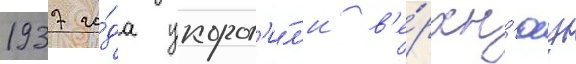
1937 го́да укорот'и́л'и в'е́рхн'юу